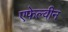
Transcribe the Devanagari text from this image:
एफेल्वीन